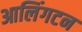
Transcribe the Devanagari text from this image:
आलिंगटन